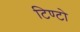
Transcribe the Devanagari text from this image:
टिण्टो